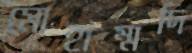
মোহাম্মদি